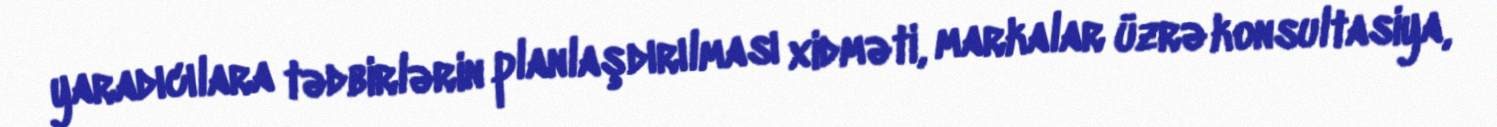
yaradıcılara tədbirlərin planlaşdırılması xidməti, markalar üzrə konsultasiya,